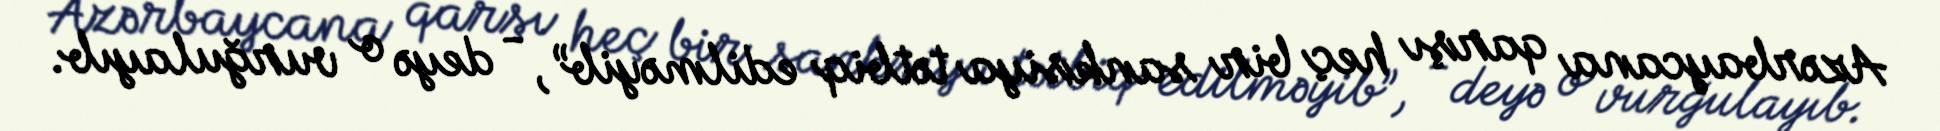
Azərbaycana qarşı heç bir sanksiya tətbiq edilməyib”, - deyə o vurğulayıb.